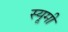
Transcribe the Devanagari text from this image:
स्यूमी